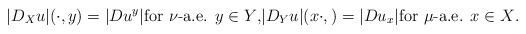
\begin{align*}|D_Xu|(\cdot,y)=|Du^y|\textrm{for $\nu$-a.e. $y\in Y$,} |D_Yu|(x\cdot,)=|Du_x| \textrm{for $\mu$-a.e. $x\in X$.}\end{align*}